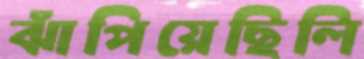
ঝাঁপিয়েছিলি